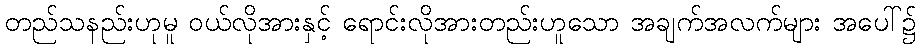
တည်သနည်းဟုမူ ဝယ်လိုအားနှင့် ရောင်းလိုအားတည်းဟူသော အချက်အလက်များ အပေါ်၌